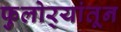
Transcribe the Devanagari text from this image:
फुलोर्‍यांतून